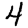
Digit: 4